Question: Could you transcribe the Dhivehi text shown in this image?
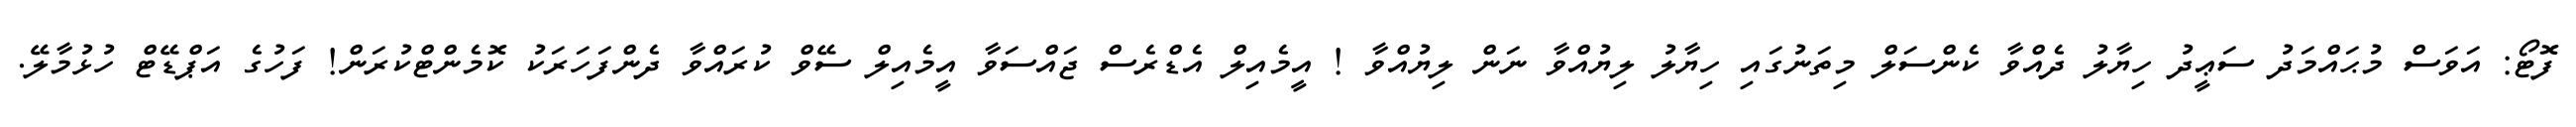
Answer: ފޮޓޯ: އަވަސް މުޙައްމަދު ސަޢީދު ހިޔާލު ދެއްވާ ކެންސަލް މިތަނުގައި ހިޔާލު ލިޔުއްވާ ނަން ލިޔުއްވާ ! އީމެއިލް އެޑްރެސް ޖައްސަވާ އީމެއިލް ސޭވް ކުރައްވާ ދެންފަހަރަކު ކޮމެންޓްކުރަން! ފަހުގެ އަޕްޑޭޓް ހުޅުމާލޭ.